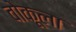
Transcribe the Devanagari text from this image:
वोकूला